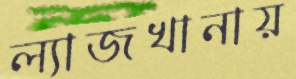
ল্যাজখানায়